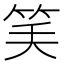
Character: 𥬘